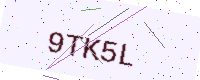
Text: 9TK5L